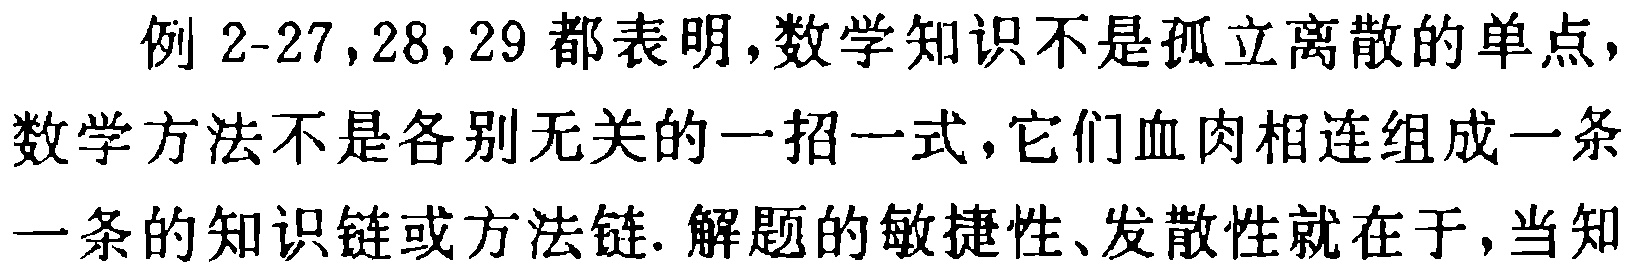
例 2-27,28,29 都表明，数学知识不是孤立离散的单点，数学方法不是各别无关的一招一式，它们血肉相连组成一条一条的知识链或方法链. 解题的敏捷性、发散性就在于，当知